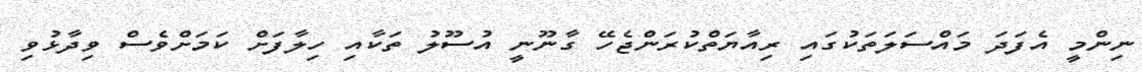
ނިންމީ އެފަަދަ މައްސަލަތަކުގައި ރިއާޔަތްކުރަންޖެހޭ ގާނޫނީ އުސޫލު ތަކާއި ހިލާފަށް ކަމަށްވެސް ވިދާޅުވި